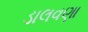
ડાલવણા